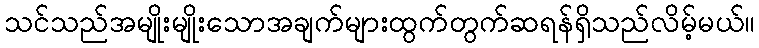
သင်သည်အမျိုးမျိုးသောအချက်များထွက်တွက်ဆရန်ရှိသည်လိမ့်မယ်။